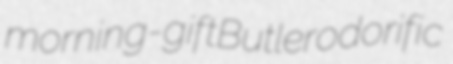
morning-gift Butler odorific